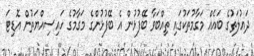
ދައުލަތުގެ ބައެއް މަގާމުތަކުގައި ތިއްބަވާ ބޭފުޅުން އެ ބޭފުޅުންގެ މަގާމުގެ ހައިސިއްޔަތުން އޮޑިޓަ